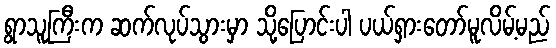
ရွာသူကြီးက ဆက်လုပ်သွားမှာ သို့ပြောင်းပါ ပယ်ရှားတော်မူလိမ့်မည်